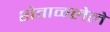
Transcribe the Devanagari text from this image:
शेवाळलेले